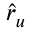
\hat { r } _ { u }